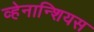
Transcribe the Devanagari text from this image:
व्हेनान्शियस